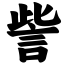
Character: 訾